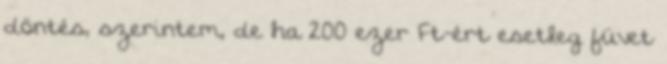
döntés, szerintem, de ha 200 ezer Ft-ért esetleg füvet